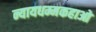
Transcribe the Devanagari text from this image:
न्यायधम्मकहाओ